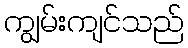
ကျွမ်းကျင်သည်